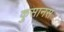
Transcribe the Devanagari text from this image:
कुसानस